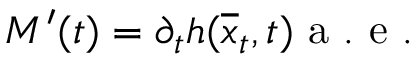
M ^ { \prime } ( t ) = \partial _ { t } h ( \overline { { x } } _ { t } , t ) \mathrm { ~ a ~ . ~ e ~ . ~ }